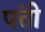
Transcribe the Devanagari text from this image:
पंत्ती